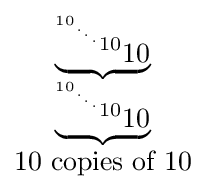
{\begin{matrix}\underbrace {^{^{^{^{^{10}.}.}.}10}10} \\\underbrace {^{^{^{^{^{10}.}.}.}10}10} \\10{\mbox{ copies of }}10\end{matrix}}